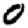
Digit: 0